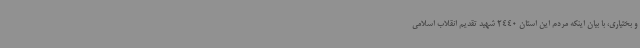
و بختیاری، با بیان اینکه مردم این استان 2440 شهید تقدیم انقلاب اسلامی